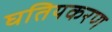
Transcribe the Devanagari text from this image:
घतियकरण